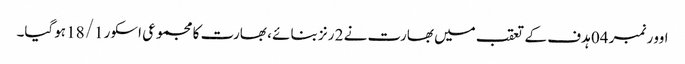
اوور نمبر 04 ہدف کے تعقب میں بھارت نے 2 رنز بنائے ، بھارت کا مجموعی اسکور 18/1 ہوگیا۔